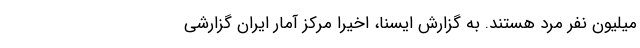
میلیون نفر مرد هستند. به گزارش ایسنا، اخیرا مرکز آمار ایران گزارشی